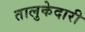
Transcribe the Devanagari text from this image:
तालुकेदारी